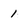
Character: 1